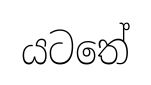
යටතේ